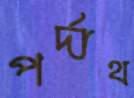
পর্দাথ